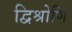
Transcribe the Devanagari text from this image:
द्विश्रोणि